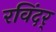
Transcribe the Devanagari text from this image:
रविंदर्